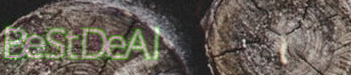
BeStDeAl